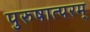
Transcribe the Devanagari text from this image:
पुरुषात्परम्